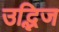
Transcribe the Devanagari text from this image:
उद्भिज